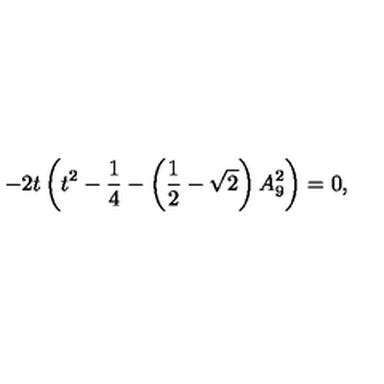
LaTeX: - 2 t \left( t ^ { 2 } - \frac { 1 } { 4 } - \left( \frac { 1 } { 2 } - \sqrt { 2 } \right) A _ { 9 } ^ { 2 } \right) = 0 ,